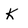
Character: K